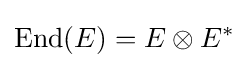
{\mbox{End}}(E)=E\otimes E^{*}